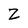
Character: Z